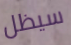
سيظل